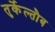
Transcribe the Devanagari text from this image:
तुर्केल्तौब